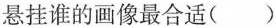
悬挂谁的画像最合适( )